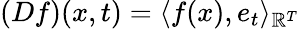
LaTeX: (Df)(x,t)=\langle f(x),e_{t}\rangle_{\mathbb{R}^{T}}